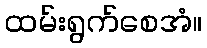
ထမ်းရွက်စေအံ။